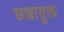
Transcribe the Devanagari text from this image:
छज्जायुक्त